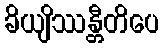
ခိယျိဿန္တီတိပေ